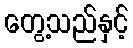
တွေ့သည်နှင့်